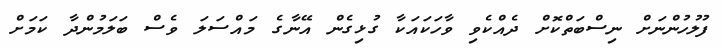
ފުލުހުންނަށް ނިސްބަތްކޮށް ދެއްކެވި ވާހަކައަކާ ގުޅިގެން އޭނާގެ މައްސަލަ ވެސް ބަލަމުންދާ ކަމަށް